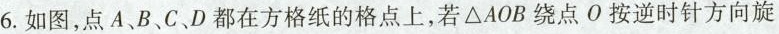
6.如图，点A、B、C、D都在方格纸的格点上，若\Delta AOB绕点O按逆时针方向旋